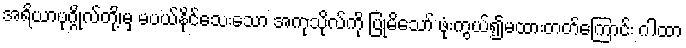
အရိယာပုဂ္ဂိုလ်တို့၊မှ မပယ်နိုင်သေးသော အကုသိုလ်ကို ပြုမိသော် ဖုံးကွယ်၍မထားတတ်ကြောင်း ဂါထာ